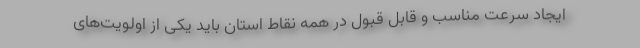
ایجاد سرعت مناسب و قابل قبول در همه نقاط استان باید یکی از اولویت‌های